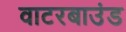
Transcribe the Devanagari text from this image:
वाटरबाउंड